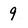
Character: 9